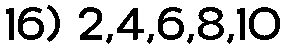
16) 2,4,6,8,10